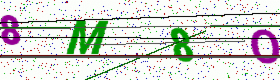
Text: 8M8O